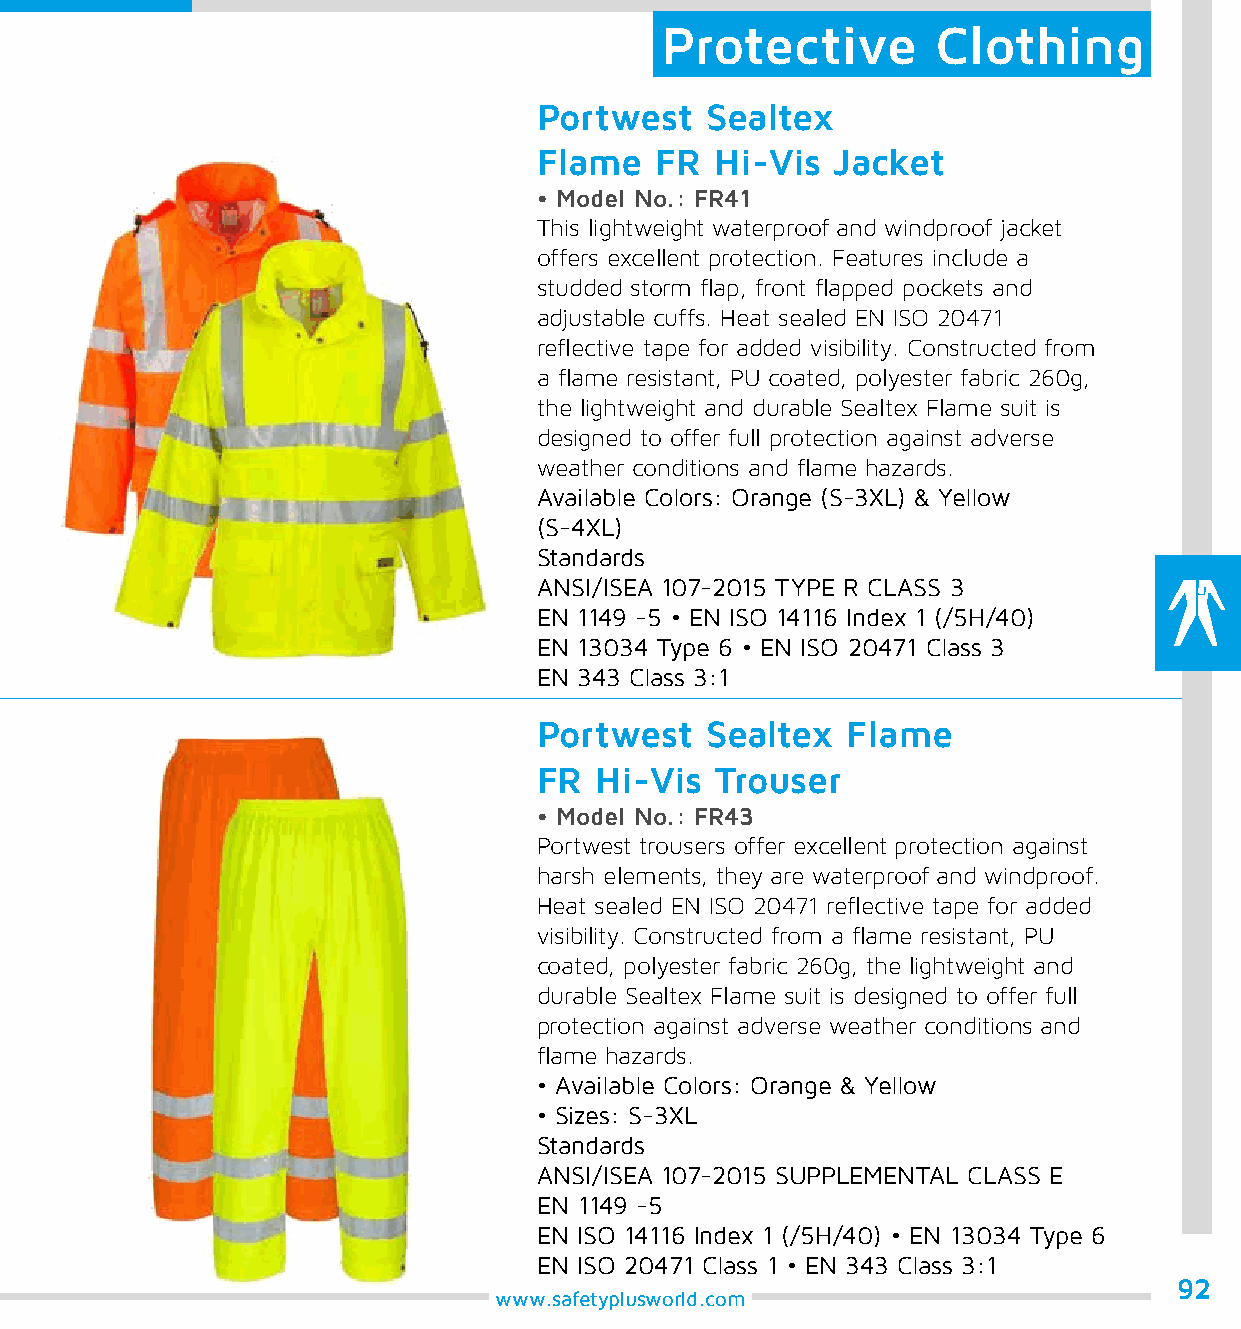
Protective        Clothing
 Portwest   Sealtex
 Flame  FR  Hi-Vis  Jacket
 • Model No.: FR41
 This lightweight waterproof and windproof jacket
 offers excellent protection. Features include a
 studded storm flap, front flapped pockets and
 adjustable cuffs. Heat sealed EN ISO 20471
 reflective tape for added visibility. Constructed from
 a flame resistant, PU coated, polyester fabric 260g,
 the lightweight and durable Sealtex Flame suit is
 designed to offer full protection against adverse
 weather conditions and flame hazards.
 Available Colors: Orange (S-3XL) & Yellow
 (S-4XL)
 Standards
 ANSI/ISEA 107-2015 TYPE R CLASS 3
 EN 1149 -5 • EN ISO 14116 Index 1 (/5H/40)
 EN 13034 Type 6 • EN ISO 20471 Class 3
 EN 343 Class 3:1
 Portwest   Sealtex  Flame
 FR Hi-Vis  Trouser
 • Model No.: FR43
 Portwest trousers offer excellent protection against
 harsh elements, they are waterproof and windproof.
 Heat sealed EN ISO 20471 reflective tape for added
 visibility. Constructed from a flame resistant, PU
 coated, polyester fabric 260g, the lightweight and
 durable Sealtex Flame suit is designed to offer full
 protection against adverse weather conditions and
 flame hazards.
 • Available Colors: Orange & Yellow
 • Sizes: S-3XL
 Standards
 ANSI/ISEA 107-2015 SUPPLEMENTAL CLASS E
 EN 1149 -5
 EN ISO 14116 Index 1 (/5H/40) • EN 13034 Type 6
 EN ISO 20471 Class 1 • EN 343 Class 3:1
 92
 www.safetyplusworld.com